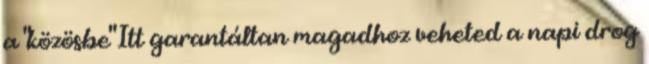
a "közösbe" Itt garantáltan magadhoz veheted a napi drog